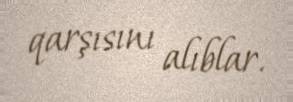
qarşısını alıblar.